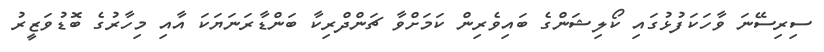
ސިރިސޭނަ ވާހަކަފުޅުގައި ކޯލިޝަންގެ ބައިވެރިން ކަމަށްވާ ޗަންދްރިކާ ބަންޑާރަނަޔަކަ އާއި މިހާރުގެ ބޮޑުވަޒީރު